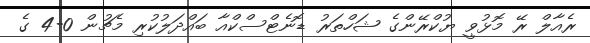
ރެއާލް ރޭ މޮޅުވީ ޔުކްރޭންގެ ޝަހްތަރު ޑޮނެޓްސްކްއާ ބައްދަލުކުރި މެޗުން 0-4 ގެ